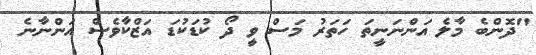
"ދޮންބެ މާލެ އަންނަނީތަ ހަތަރު މަސް ވީ ދޯ ކުޑަކުޑަ އަޒްކާވެސް އަންނާނެ